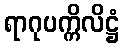
ရာဂုပက္ကိလိဋ္ဌံ